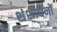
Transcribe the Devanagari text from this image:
शंशोधनों